Report of the Imperial Institute of Veterinary Research, Muktesar
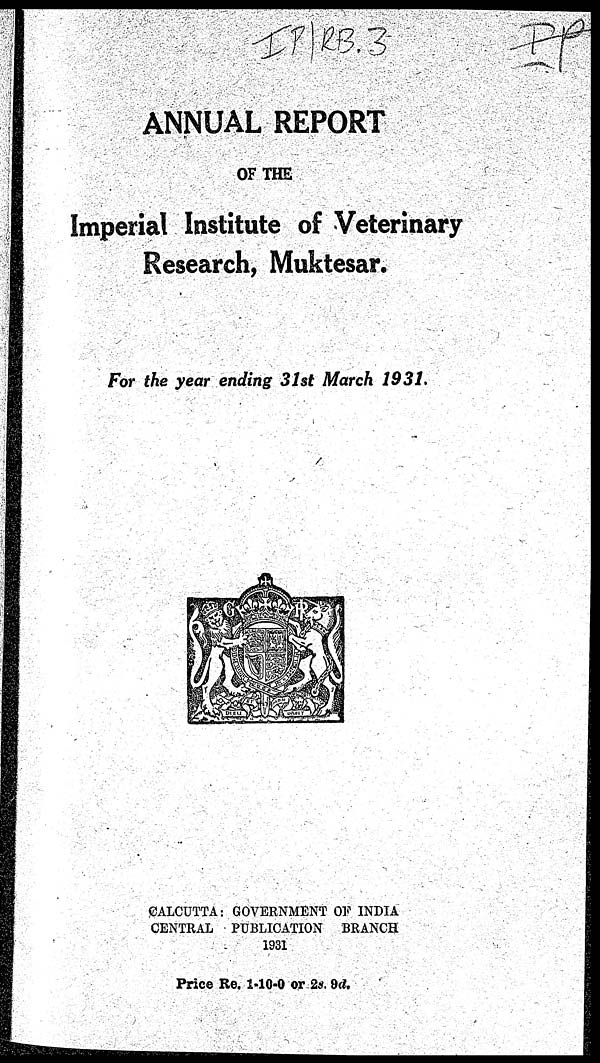
ANNUAL REPORT
OF THE
Imperial Institute of Veterinary
Research, Muktesar.
For the year ending 31st March 1931.
CALCUTTA: GOVERNMENT OF INDIA
CENTRAL PUBLICATION BRANCH
1931
Price Re. 1-10-0 or 2s. 9d.